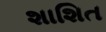
શાશિત